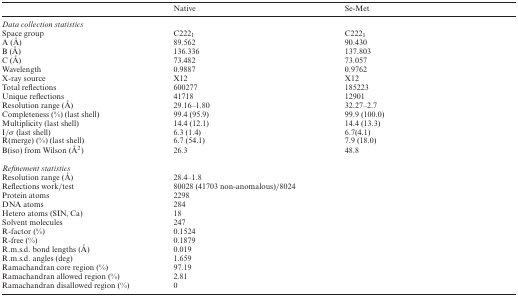
<table><thead><tr><td></td><td><b>Native</b></td><td><b>Se-Met</b></td></tr></thead><tbody><tr><td colspan="3"><i>Data collection statistics</i></td></tr><tr><td>Space group</td><td>C222<sub>1</sub></td><td>C222<sub>1</sub></td></tr><tr><td>A (Å)</td><td>89.562</td><td>90.430</td></tr><tr><td>B (Å)</td><td>136.336</td><td>137.803</td></tr><tr><td>C (Å)</td><td>73.482</td><td>73.057</td></tr><tr><td>Wavelength</td><td>0.9887</td><td>0.9762</td></tr><tr><td>X-ray source</td><td>X12</td><td>X12</td></tr><tr><td>Total reflections</td><td>600277</td><td>185223</td></tr><tr><td>Unique reflections</td><td>41718</td><td>12901</td></tr><tr><td>Resolution range (Å)</td><td>29.16–1.80</td><td>32.27–2.7</td></tr><tr><td>Completeness (%) (last shell)</td><td>99.4 (95.9)</td><td>99.9 (100.0)</td></tr><tr><td>Multiplicity (last shell)</td><td>14.4 (12.1)</td><td>14.4 (13.3)</td></tr><tr><td>I/σ (last shell)</td><td>6.3 (1.4)</td><td>6.7(4.1)</td></tr><tr><td>R(merge) (%) (last shell)</td><td>6.7 (54.1)</td><td>7.9 (18.0)</td></tr><tr><td>B(iso) from Wilson (Å<sup>2</sup>)</td><td>26.3</td><td>48.8</td></tr><tr><td colspan="3"><i>Refinement statistics</i></td></tr><tr><td>Resolution range (Å)</td><td>28.4–1.8</td><td></td></tr><tr><td>Reflections work/test</td><td>80028 (41703 non-anomalous)/8024</td><td></td></tr><tr><td>Protein atoms</td><td>2298</td><td></td></tr><tr><td>DNA atoms</td><td>284</td><td></td></tr><tr><td>Hetero atoms (SIN, Ca)</td><td>18</td><td></td></tr><tr><td>Solvent molecules</td><td>247</td><td></td></tr><tr><td>R-factor (%)</td><td>0.1524</td><td></td></tr><tr><td>R-free (%)</td><td>0.1879</td><td></td></tr><tr><td>R.m.s.d. bond lengths (Å)</td><td>0.019</td><td></td></tr><tr><td>R.m.s.d. angles (deg)</td><td>1.659</td><td></td></tr><tr><td>Ramachandran core region (%)</td><td>97.19</td><td></td></tr><tr><td>Ramachandran allowed region (%)</td><td>2.81</td><td></td></tr><tr><td>Ramachandran disallowed region (%)</td><td>0</td><td></td></tr></tbody></table>